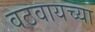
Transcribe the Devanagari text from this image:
वठवायच्या